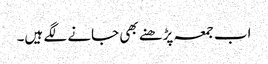
اب جمعہ پڑھنے بھی جانے لگے ہیں۔